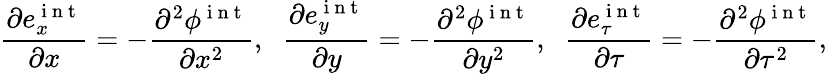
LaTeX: \frac{\partial e_{x}^{\mathrm{~i~n~t~}}}{\partial x}=-\frac{\partial^{2}\phi^{\mathrm{~i~n~t~}}}{\partial x^{2}},\; \; \frac{\partial e_{y}^{\mathrm{~i~n~t~}}}{\partial y}=-\frac{\partial^{2}\phi^{\mathrm{~i~n~t~}}}{\partial y^{2}},\; \; \frac{\partial e_{\tau}^{\mathrm{~i~n~t~}}}{\partial\tau}=-\frac{\partial^{2}\phi^{\mathrm{~i~n~t~}}}{\partial\tau^{2}},